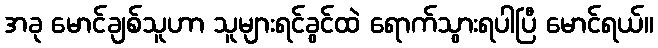
အခု မောင်ချစ်သူဟာ သူများရင်ခွင်ထဲ ရောက်သွားရပါပြီ မောင်ရယ်။